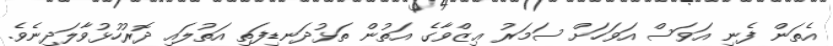
އެތަން ފެނި އަވަސް އަވަހަށް ސަމަރު ޢިޒްވާގެ އަތުން ތަޅުދަނޑިފަތި އަތުލައި ދޮރުހުޅުވާލަދިނެވެ.